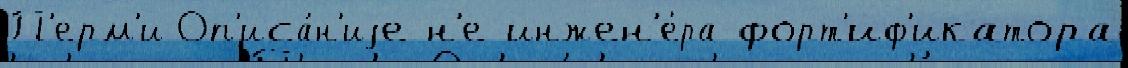
П'ерм'и Оп'иса́н'иjе н'е инжен'е́ра-форт'иф'икатора